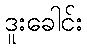
ဒူးခေါင်း